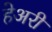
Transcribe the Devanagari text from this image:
हेअरी